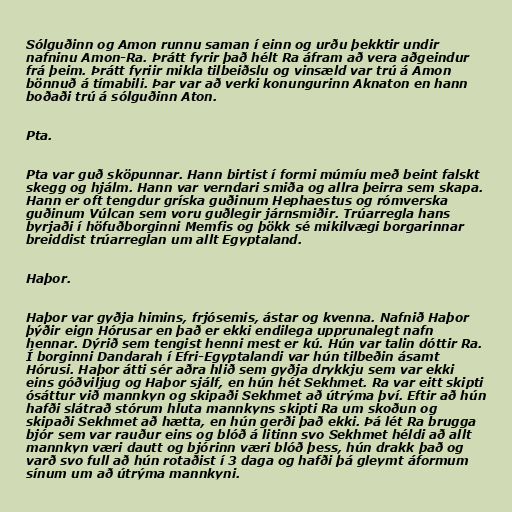
Sólguðinn og Amon runnu saman í einn og urðu þekktir undir
nafninu Amon-Ra. Þrátt fyrir það hélt Ra áfram að vera aðgeindur
frá þeim. Þrátt fyriir mikla tilbeiðslu og vinsæld var trú á Amon
bönnuð á tímabili. Þar var að verki konungurinn Aknaton en hann
boðaði trú á sólguðinn Aton.

Pta.

Pta var guð sköpunnar. Hann birtist í formi múmíu með beint falskt
skegg og hjálm. Hann var verndari smiða og allra þeirra sem skapa.
Hann er oft tengdur gríska guðinum Hephaestus og rómverska
guðinum Vúlcan sem voru guðlegir járnsmiðir. Trúarregla hans
byrjaði í höfuðborginni Memfis og þökk sé mikilvægi borgarinnar
breiddist trúarreglan um allt Egyptaland.

Haþor.

Haþor var gyðja himins, frjósemis, ástar og kvenna. Nafnið Haþor
þýðir eign Hórusar en það er ekki endilega upprunalegt nafn
hennar. Dýrið sem tengist henni mest er kú. Hún var talin dóttir Ra.
Í borginni Dandarah í Efri-Egyptalandi var hún tilbeðin ásamt
Hórusi. Haþor átti sér aðra hlið sem gyðja drykkju sem var ekki
eins góðviljug og Haþor sjálf, en hún hét Sekhmet. Ra var eitt skipti
ósáttur við mannkyn og skipaði Sekhmet að útrýma því. Eftir að hún
hafði slátrað stórum hluta mannkyns skipti Ra um skoðun og
skipaði Sekhmet að hætta, en hún gerði það ekki. Þá lét Ra brugga
bjór sem var rauður eins og blóð á litinn svo Sekhmet héldi að allt
mannkyn væri dautt og bjórinn væri blóð þess, hún drakk það og
varð svo full að hún rotaðist í 3 daga og hafði þá gleymt áformum
sínum um að útrýma mannkyni.